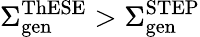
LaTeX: \Sigma_{\mathrm{gen}}^{\mathrm{ThESE}}>\Sigma_{\mathrm{gen}}^{\mathrm{STEP}}